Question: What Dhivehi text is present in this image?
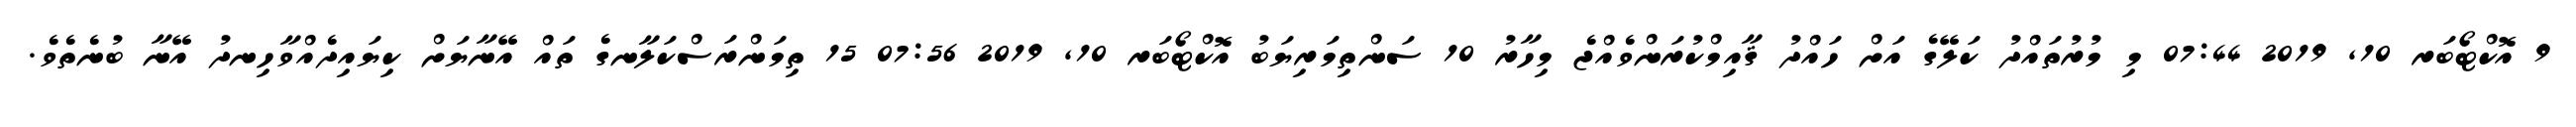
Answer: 9 އޮކްޓޯބަރ 10, 2019 07:44 މި މުރުތައްދު ކަލޭގެ އަށް ހައްދު ޤާއިމްކުރަންވެއްޖެ މިހާރު 10 ސަންތިމަރިޔަބު އޮކްޓޯބަރ 10, 2019 07:56 15 ތިމަންރަސްކަލާނގެ ތައް އޭނާޔަށް ކިޔައިދެއްވާހިނދު އޭނާ ބުނެތެވެ.